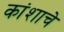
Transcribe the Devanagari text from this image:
कांशाचे